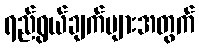
ရည်ရွယ်ချက်များအတွက်